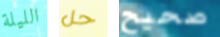
الليلة حل صحيح